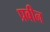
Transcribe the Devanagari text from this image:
प्रबीन